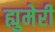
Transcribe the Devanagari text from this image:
ह्युमेरी